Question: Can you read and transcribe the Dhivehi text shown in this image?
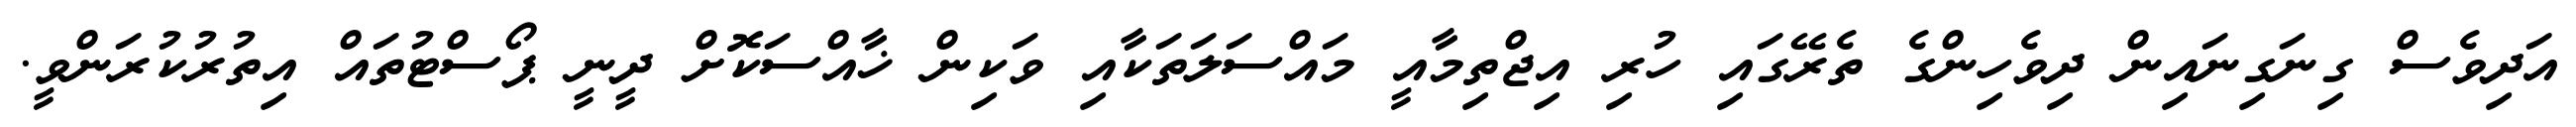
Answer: އަދިވެސް ގިނަގިނައިން ދިވެހިންގެ ތެރޭގައި ހުރި އިޖްތިމާއީ މައްސަލަތަކާއި ވަކިން ޚާއްސަކޮށް ދީނީ ޕޯސްޓުތައް އިތުރުކުރަންވީ.